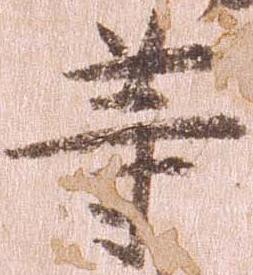
等